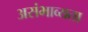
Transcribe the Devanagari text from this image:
असंभाव्यता